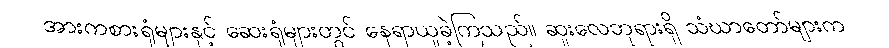
အားကစားရုံများနှင့် ဆေးရုံများတွင် နေရာယူခဲ့ကြသည်။ ဆူးလေဘုရားရှိ သံဃာတော်များက